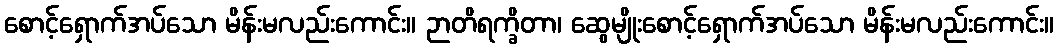
စောင့်ရှောက်အပ်သော မိန်းမလည်းကောင်း။ ဉာတိရက္ခိတာ၊ ဆွေမျိုးစောင့်ရှောက်အပ်သော မိန်းမလည်းကောင်း။